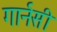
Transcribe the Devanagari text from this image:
गार्नसी